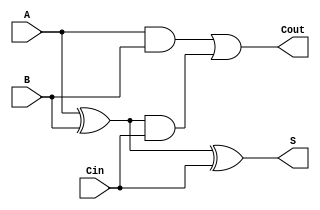
module FullAdder (
    input wire A,      // First binary input
    input wire B,      // Second binary input
    input wire Cin,    // Carry input
    output wire S,     // Sum output
    output wire Cout    // Carry output
);

// Behavioral description of the Full Adder
assign S = A ^ B ^ Cin;                         // Sum output
assign Cout = (A & B) | ((A ^ B) & Cin);       // Carry output

endmodule